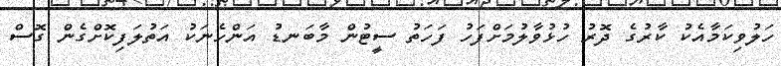
ހަލުވިކަމާއެކު ކާރުގެ ދޮރު ހުޅުވާލުމަށްފަހު ފަހަތު ސީޓުން މާބަނޑު އަންހެނަކު އަތުލަފިކޮށްގެން ގޮސް